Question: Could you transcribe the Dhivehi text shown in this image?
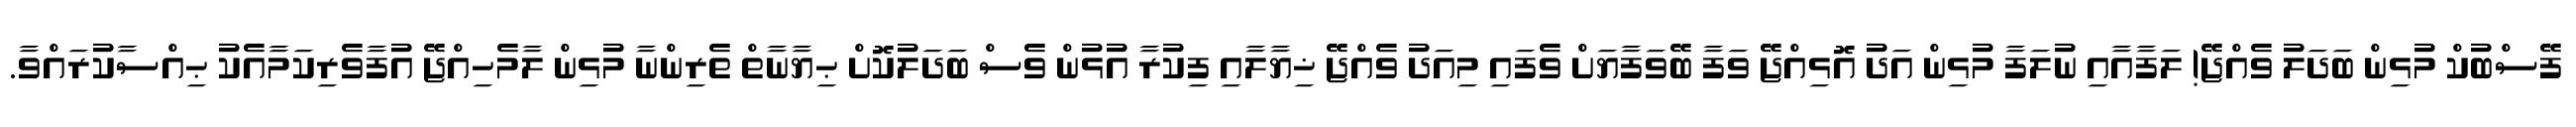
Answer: ފޭސްބުކް މުޅިން ބަދަލު ވެއްޖޭ! ލަފާއާއި ނުލަފާ މުޅިން އަދު އޮޅިއްޖޭ ވަފާ ބޭވަފާޔަށް ވެފައި މިއަދު ވެއްޖޭ ޚިޔާލާއި ފިކުރާ އުޅުން ވެސް ބަދަލުކޮށް ޙިޔާނާތް ތެރިންނާ މުޅިން ލާމެހިއްޖޭ އުފާވެރިކަމާއެކު ޙިއްސާކުރައްވާ.